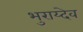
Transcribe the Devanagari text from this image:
भुराय्देव